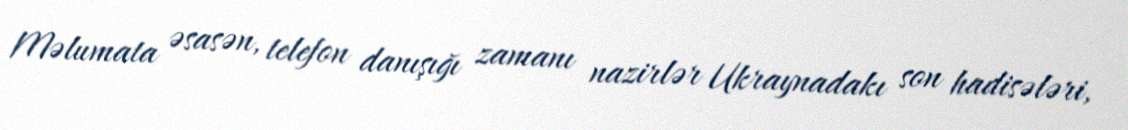
Məlumata əsasən, telefon danışığı zamanı nazirlər Ukraynadakı son hadisələri,